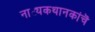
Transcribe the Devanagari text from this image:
नाट्यकथानकांचॆ